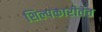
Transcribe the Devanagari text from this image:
शिल्पकारीतेत